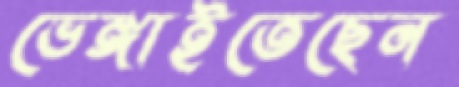
ভেঙ্গাইতেছেন